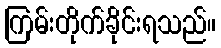
ကြမ်းတိုက်ခိုင်းရသည်။